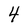
Character: 4